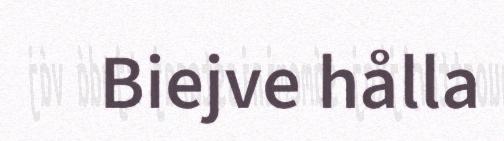
Biejve hålla